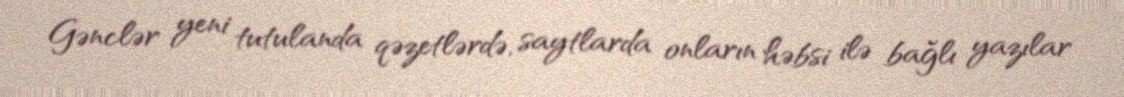
Gənclər yeni tutulanda qəzetlərdə, saytlarda onların həbsi ilə bağlı yazılar